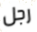
رجل